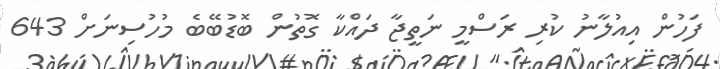
ފަހުން އިއުލާނު ކުރި ރަސްމީ ނަތީޖާ ދައްކާ ގޮތުން ބޮޑުބޭބެ މުހުސިނަށް 643